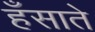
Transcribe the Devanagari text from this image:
हँसाते